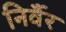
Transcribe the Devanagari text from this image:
निर्वैर